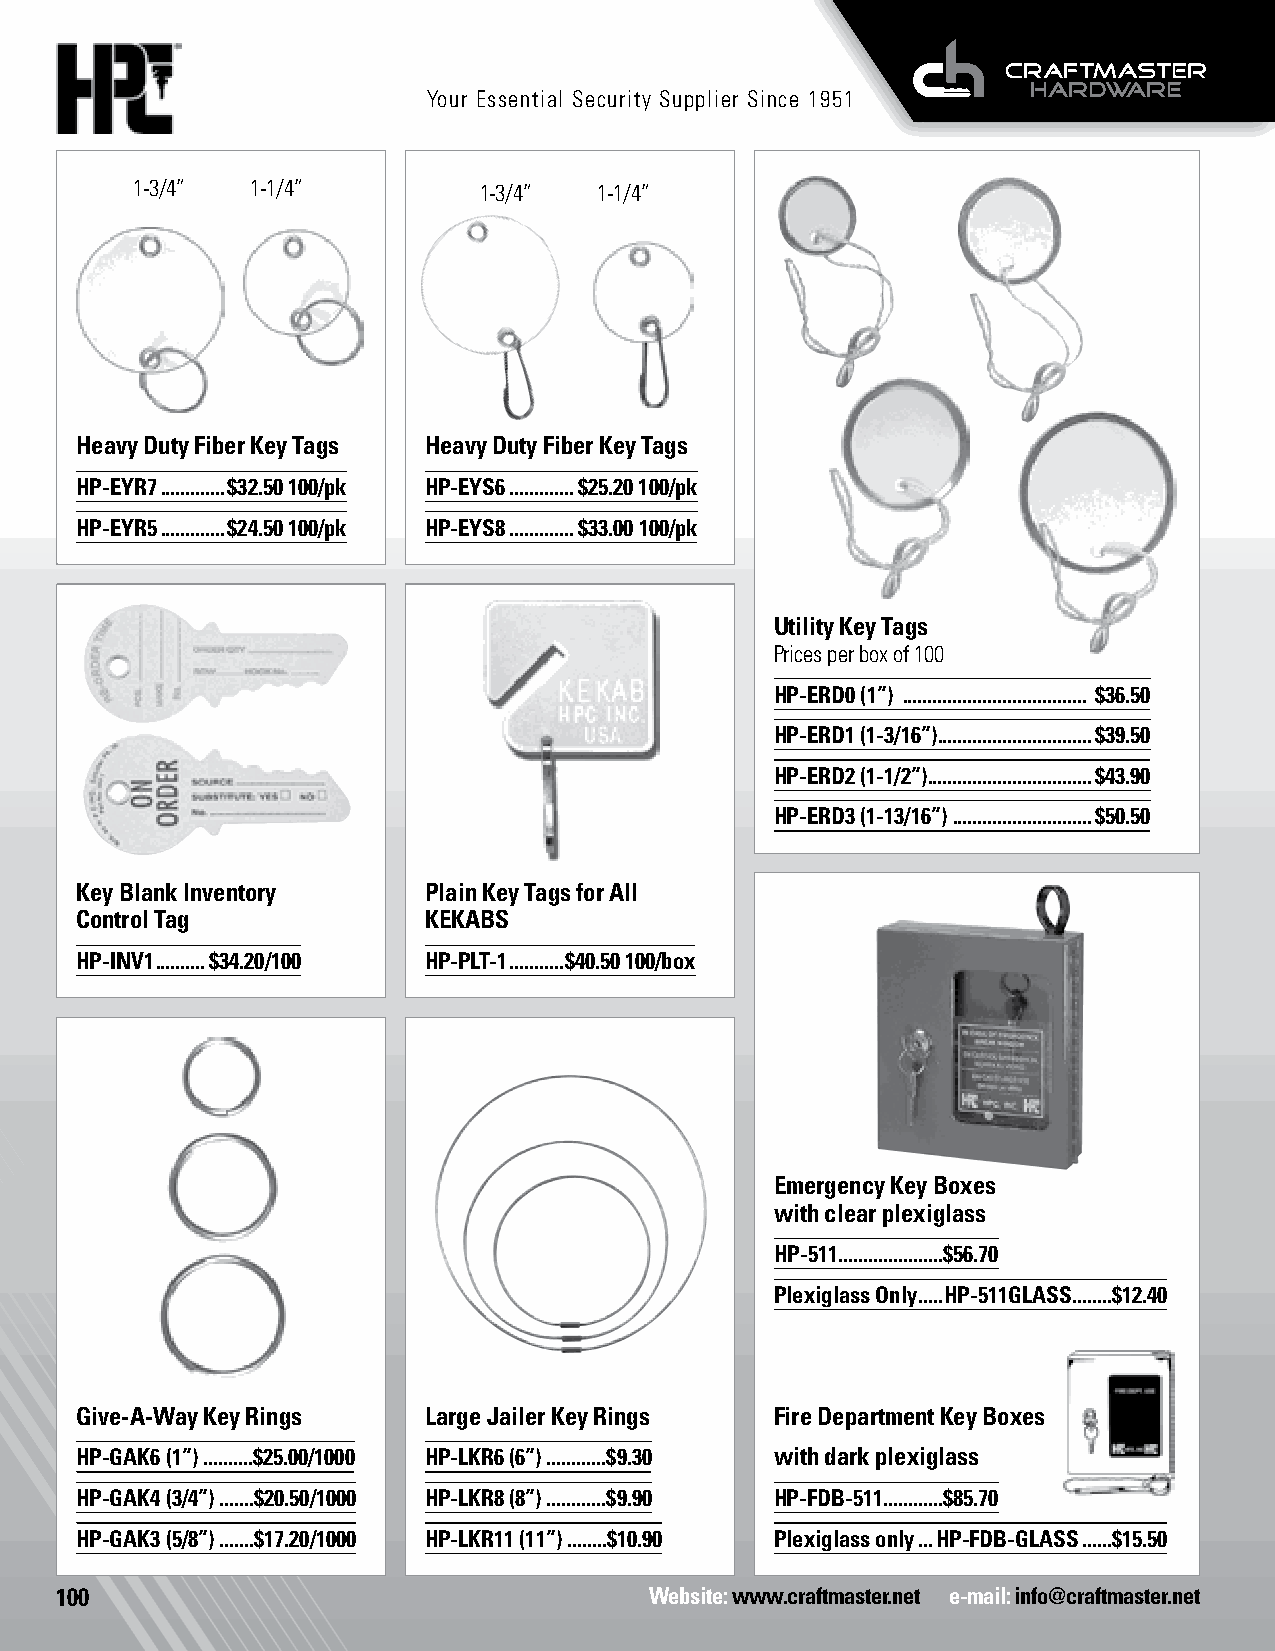
Your Essential Security Supplier Since 1951
 1-3/4”  1-1/4”         1-3/4”  1-1/4”
 Heavy Duty Fiber Key Tags Heavy Duty Fiber Key Tags
 HP-EYR7 .............$32.50 100/pk HP-EYS6 .............$25.20 100/pk
 HP-EYR5 .............$24.50 100/pk HP-EYS8 .............$33.00 100/pk
 Utility Key Tags
 Prices per box of 100
 HP-ERD0 (1”) ..................................... $36.50
 HP-ERD1 (1-3/16”) ...............................$39.50
 HP-ERD2 (1-1/2”) .................................$43.90
 HP-ERD3 (1-13/16”) ............................$50.50
 Key Blank Inventory    Plain Key Tags for All
 Control Tag            KEKABS
 HP-INV1 ..........$34.20/100 HP-PLT-1 ...........$40.50 100/box
 Emergency Key Boxes
 with clear plexiglass
 HP-511 .....................$56.70
 Plexiglass Only .....HP-511GLASS ........$12.40
 Give-A-Way Key Rings   Large Jailer Key Rings Fire Department Key Boxes
 HP-GAK6 (1”) ..........$25.00/1000 HP-LKR6 (6”) ............$9.30 with dark plexiglass
 HP-GAK4 (3/4”) .......$20.50/1000 HP-LKR8 (8”) ............$9.90 HP-FDB-511............$85.70
 HP-GAK3 (5/8”) .......$17.20/1000 HP-LKR11 (11”) ........$10.90 Plexiglass only ...HP-FDB-GLASS ......$15.50
 100                                    Website: www.craftmaster.net e-mail: info@craftmaster.net